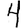
Digit: 4